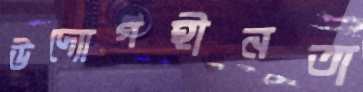
উদ্যোগহীনতা